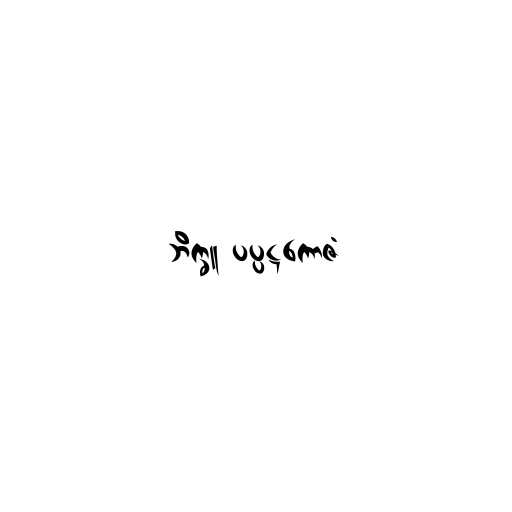
ဘိက္ခူ ပပ္ပဋကောဇံ